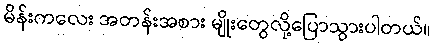
မိန်းကလေး အတန်းအစား မျိုးတွေလို့ပြောသွားပါတယ်။